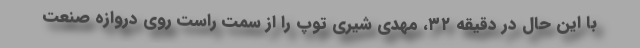
با این حال در دقیقه ٣٢، مهدی شیری توپ را از سمت راست روی دروازه صنعت